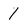
Character: 1